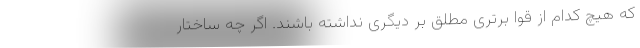
که هیچ کدام از قوا برتری مطلق بر دیگری نداشته باشند. اگر چه ساختار